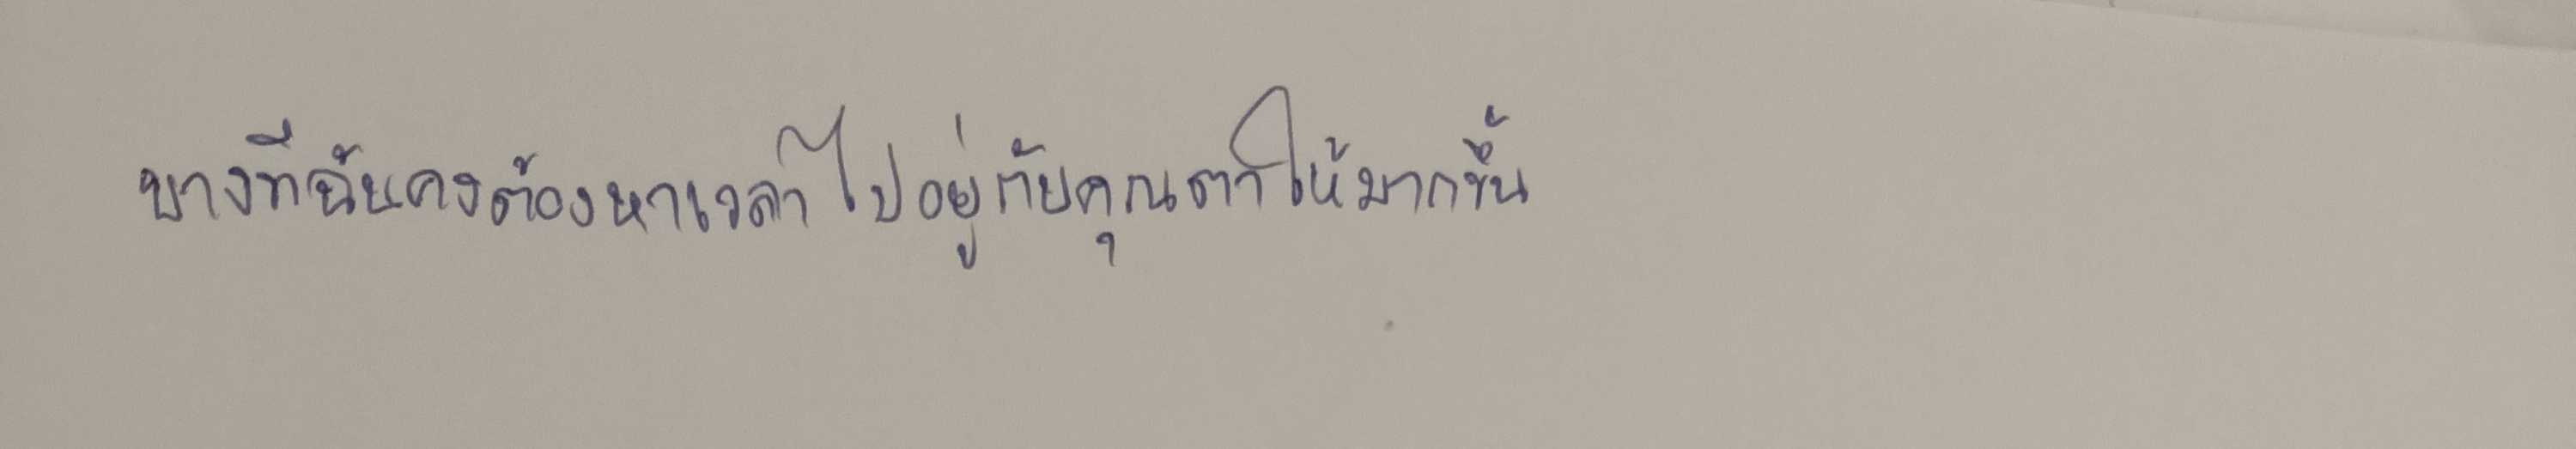
"บางทีฉันเองคงต้องหาเวลาไปอยู่กับคุณตาให้มากขึ้น"